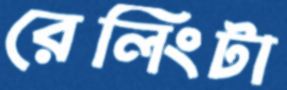
রেলিংটা